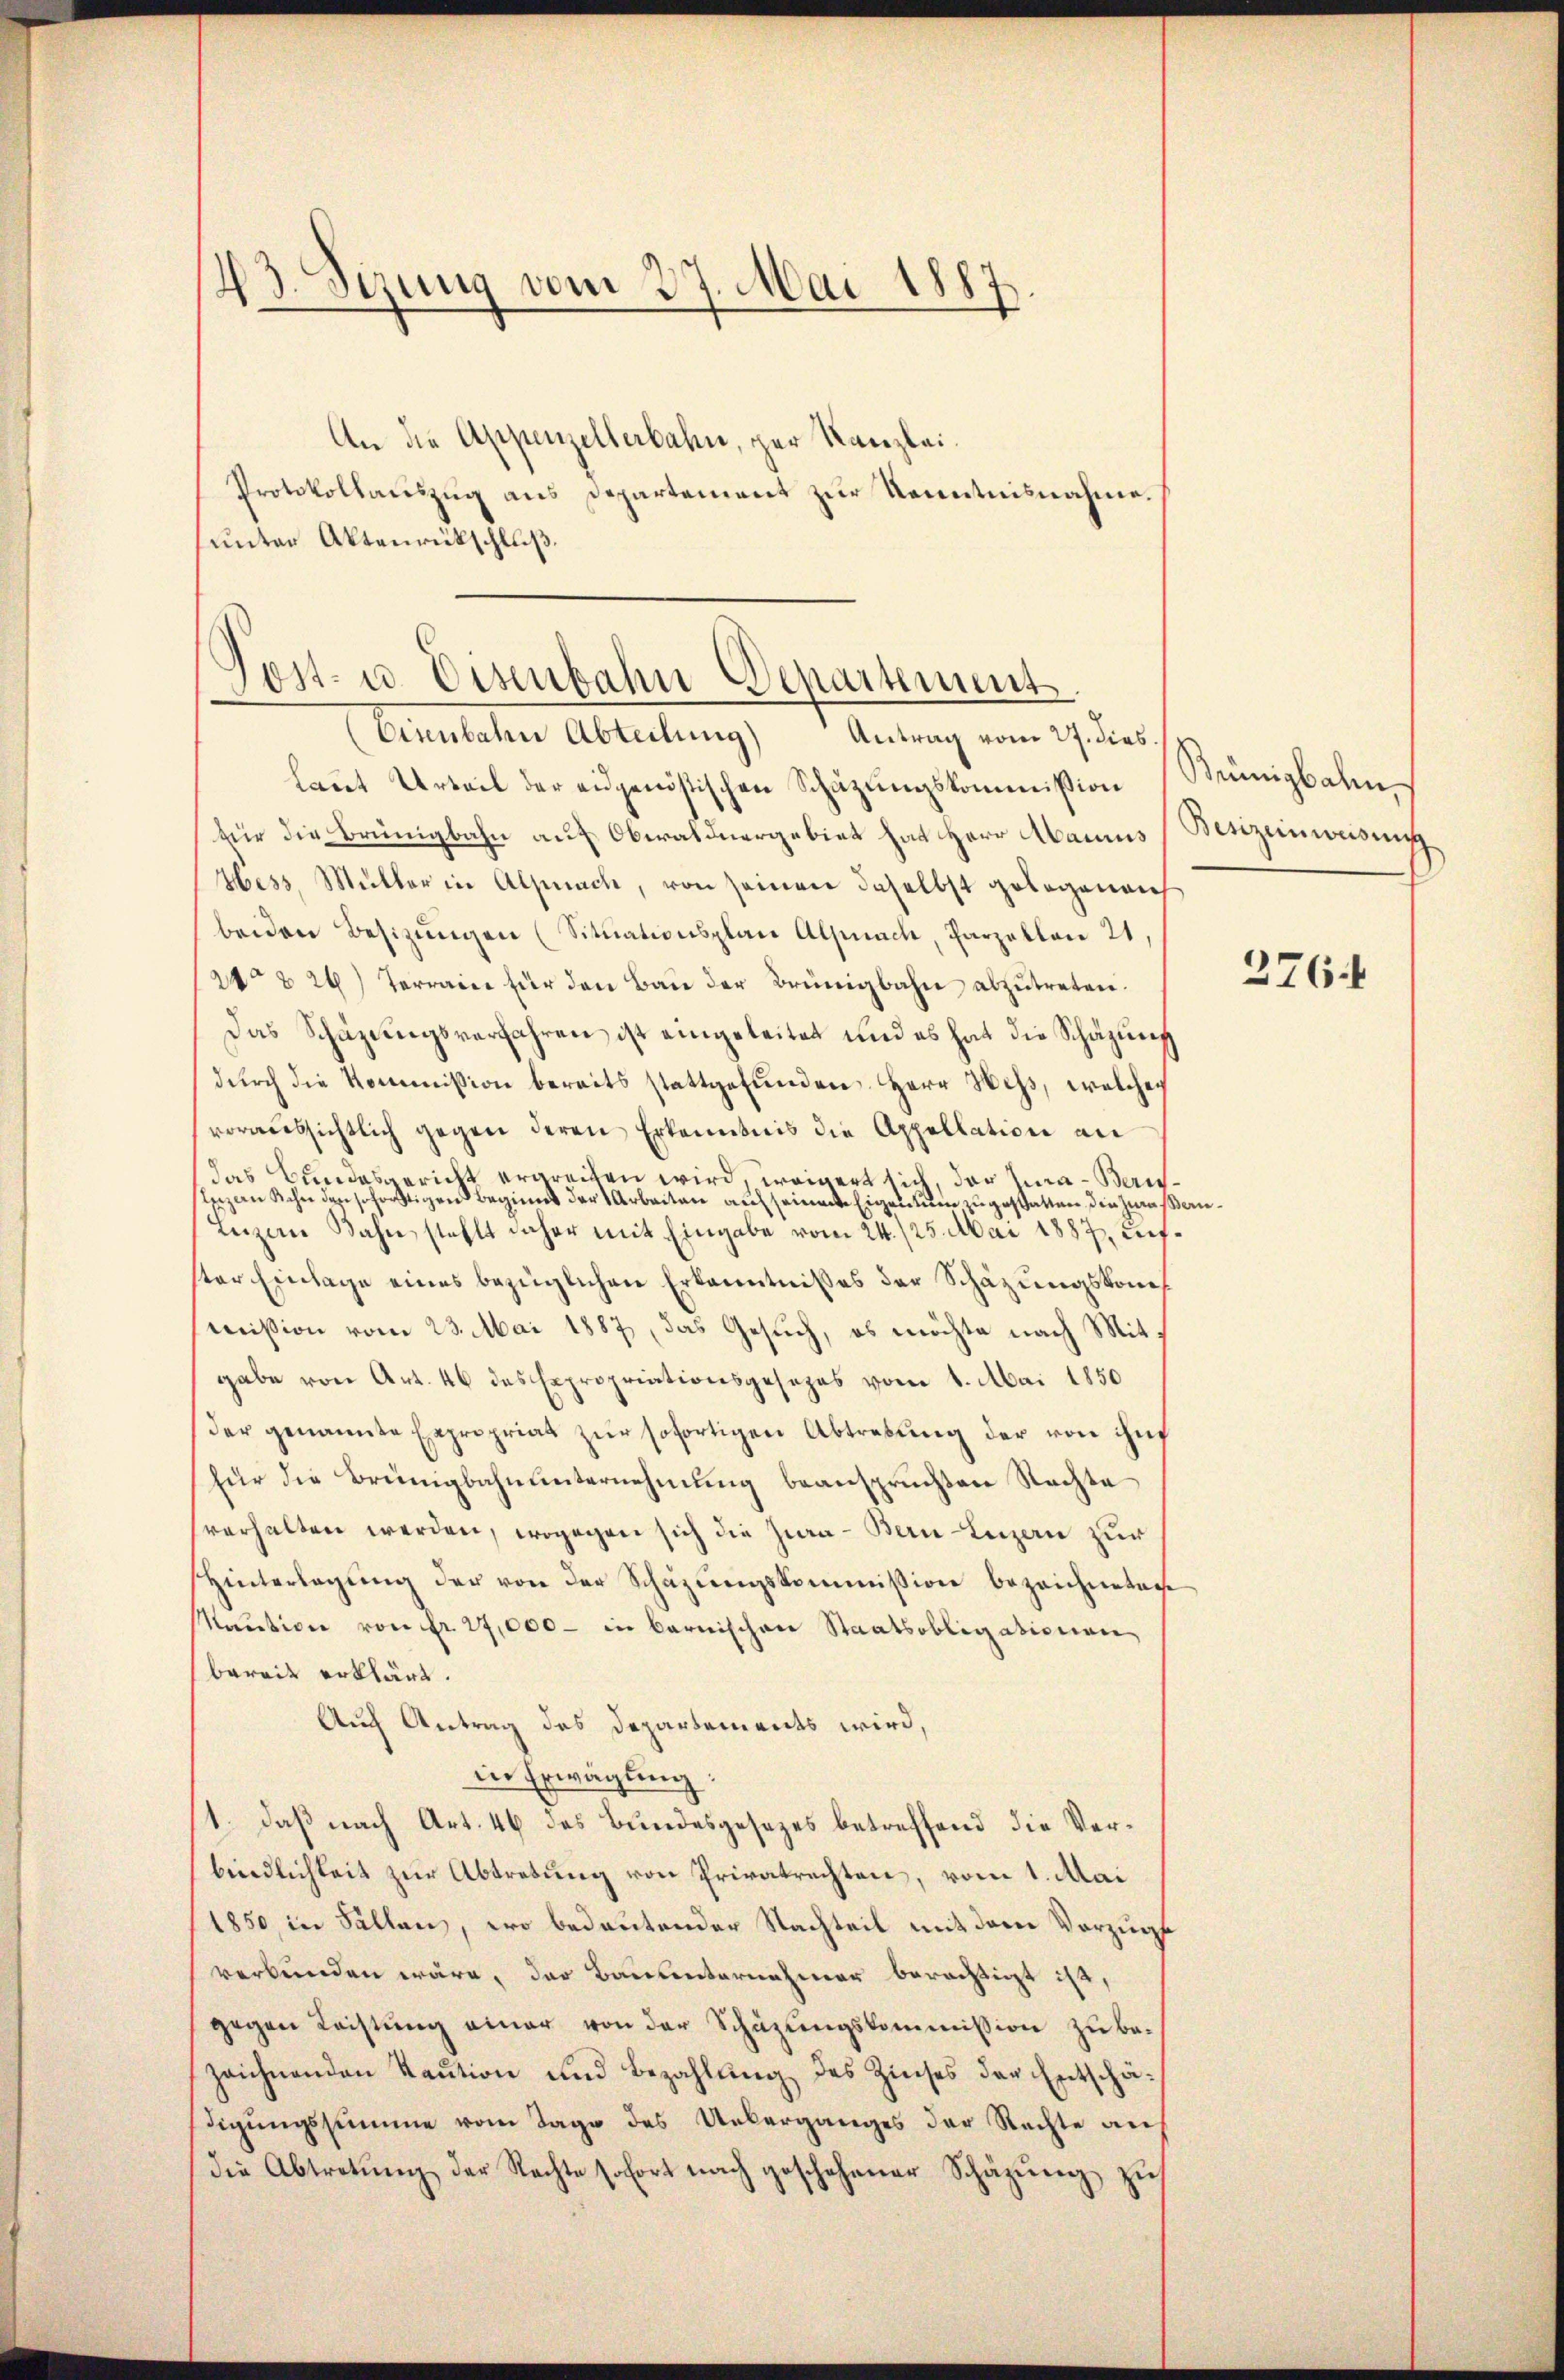
43. Sizung vom 27. Mai 1887,
.
d

An die Appenzellerbahn, per Kanzlei¬
Protokollauszug aus Departement zur Kenntnisnahme.
unter Aktenrückschluß.

Post- u. Eisenbahn Departement

Eisenbahn Abteilung) Antrag vom 27. dies
laut Urteil der eidgenössischen Schazungskommission
für die Brünigbahn auf Oberaldnergebiet hat Herr Manns Benzeinweisung
Hess, Müller in Alpnach, von seinen daselbst gelegenei
beiden Besizungen (Situationsplan Alpnach, Parzellen 21
21 & 26) Terrain für den Bau der Brünigbahn abzutreten.
Das Schäzŭngsverfahren ist eingeleitet und es hat die Schazung
dŭrch die Kommission bereits stattgefŭnden. Herr Hess, welcher
veraussichtlich gegen deren Erkenntnis die Appellation an
das Bundesgericht ergreifen wird, weigert sich, der Jura - Bauseizen Kahn den schortigen Beginns der Arbeiten auf seinente Eigentum zugestatten, die Zwassern
Luzern Bahn, stehlt daher mit Eingabe vom 24. 125. Mai 1887, Liefster Einlage eines bezüglichen Erkenntnißes der Schazungskons
mission vom 23. Mai 1887, das Gesuch, es möchte nach Mit
gabe von Art. 46 das Expropriationsgesezes vom 4. Mai 1850
der genannte Expropriat zŭr sofortigen Abtretung der von ihn
für die Brüngbahnunternehmung beanspruchten Nachte
verhalten werden, wogegen sich die Zwa - Bern Luzern zur
Hinterlegŭng der von der Schäzŭngskommission bezeichneten
Maution von Fr. 27,000 - in Barnischen Staatsobligationen
bereit erklärt.
Auch Antrag des Departements wird,
in Erwägung:
1. daß nach Art. 46 des Bundesgesezes betreffend die Verbindlichkeit zur Abtretung von Privatrechten, vom 1. Mai
1850, in Fällen, wo bedeutender Nachteil mit dem Vorzugs
verbunden wäre, der Bauunternehmer berechtigt ist,
gegen Leistung einer von der Schüzungskommission zu bezeichnenden Kaution und Bezahlung des Zinses der Entschädigungssumme vom Tage des Ueberganges der Rechte auf
die Abtretŭng der Rechte sofort nach geschehener Schäzŭng zŭ

Künigbahn

276.